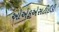
ઓએફએસટીઈડી